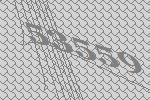
53559